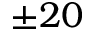
\pm 2 0